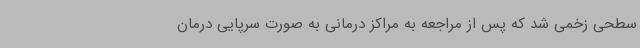
سطحی زخمی شد که پس از مراجعه به مراکز درمانی به صورت سرپایی درمان